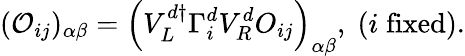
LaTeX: ({\cal O}_{ij})_{\alpha\beta}=\left(V_{L}^{d\dagger}\Gamma_{i}^{d}V_{R}^{d}O_{ij}\right)_{\alpha\beta},\; (i\; \mathrm{fixed}).